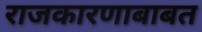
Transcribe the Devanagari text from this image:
राजकारणाबाबत